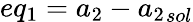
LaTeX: eq_{1}={a_{2}}-{a_{2}}_{sol}